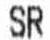
SR